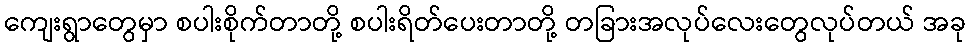
ကျေးရွာတွေမှာ စပါးစိုက်တာတို့ စပါးရိတ်ပေးတာတို့ တခြားအလုပ်လေးတွေလုပ်တယ် အခု